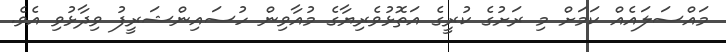
މައްސަލައެއް ކަމަށް މި ރަށުގެ ކުރީގެ އަތޮޅުވެރިޔާގެ މުއާވިން ހުސައިންޝަރީފު ވިދާޅުވި އެވެ.